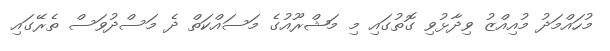
މުހައްމަދު މުއިއްޒު ވިދާޅުވި ގޮތުގައި މި މަޝްރޫއުގެ މަސައްކަތް ދެ މަސްދުވަސް ތެރޭގައި